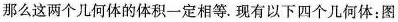
那么这两个几何体的体积一定相等。现有以下四个几何体：图